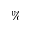
\%